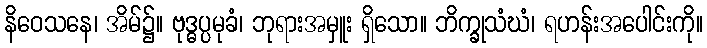
နိဝေသနေ၊ အိမ်၌။ ဗုဒ္ဓပ္ပမုခံ၊ ဘုရားအမှူး ရှိသော။ ဘိက္ခုသံဃံ၊ ရဟန်းအပေါင်းကို။